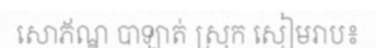
សោភ័ណ្ឌ បាឡាត់ ស្រុក សៀមរាប៖